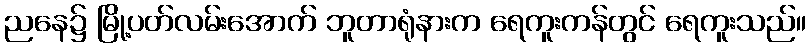
ညနေ၌ မြို့ပတ်လမ်းအောက် ဘူတာရုံနားက ရေကူးကန်တွင် ရေကူးသည်။